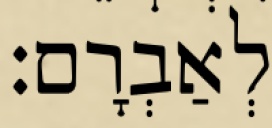
לְאַבְרָם׃